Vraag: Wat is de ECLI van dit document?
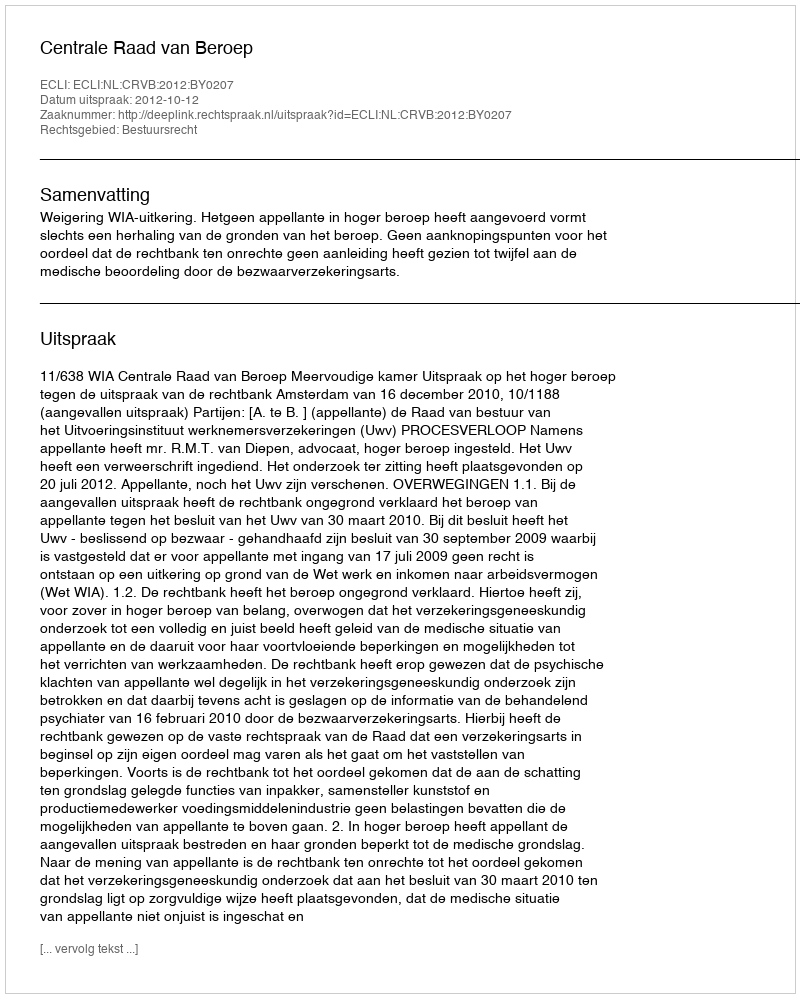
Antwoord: ECLI:NL:CRVB:2012:BY0207